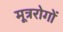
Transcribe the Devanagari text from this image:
मूत्ररोगों